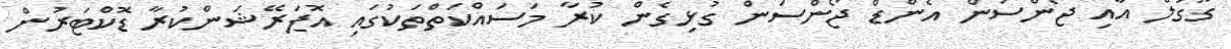
ގޫގުލް އާއި ޖޯންސަން އެންޑް ޖޯންސަން ގުޅިގެން ކުރާ މަސައްކަތްތަކުގައި އޮޕަރޭޝަންކުރާ ޑޮކްޓަރުން